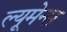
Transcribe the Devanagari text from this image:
ल्यूमेन्स